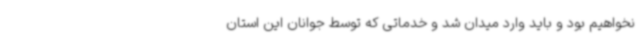
نخواهیم بود و باید وارد میدان شد و خدماتی که توسط جوانان این استان